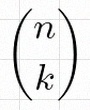
\binom{n}{k}